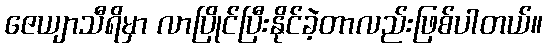
ဇေယျာသီရိမှာ လာပြိုင်ပြီးနိုင်ခဲ့တာလည်းဖြစ်ပါတယ်။